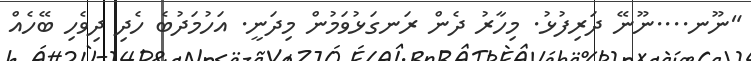
"ނޫނ....ނޫނޭ ދަރިފުޅު. މިހާރު ދެން ރަނގަޅުވަމުން މިދަނީ. އަހުމަދުބެ ހެދި ދިވެހި ބޭހެއް